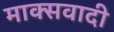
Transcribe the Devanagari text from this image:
माक्सवादी